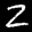
Label: 2